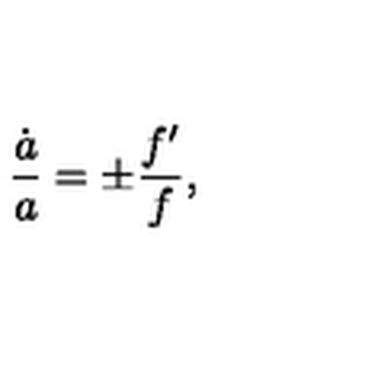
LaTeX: { \frac { \dot { a } } { a } } = \pm { \frac { f ^ { \prime } } { f } } ,